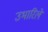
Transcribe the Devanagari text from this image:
उभारिलें